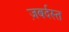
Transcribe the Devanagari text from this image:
ज़बर्दस्‍त